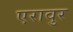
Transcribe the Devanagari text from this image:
एरावुर